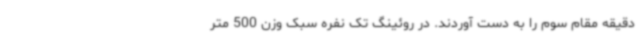
دقیقه مقام سوم را به دست آوردند. در روئینگ تک نفره سبک وزن 500 متر